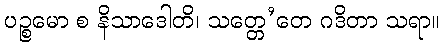
ပဉ္စမော စ နိသာဒေါတိ၊ သတ္တေ’တေ ဂဒိတာ သရာ။